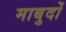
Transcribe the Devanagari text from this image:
माबुदों